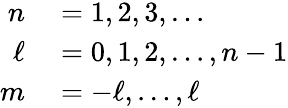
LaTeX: \begin{array}{rl}{n}&{{}=1,2,3,\dots}\\ {\ell}&{{}=0,1,2,\dots,n-1}\\ {m}&{{}=-\ell,\dots,\ell}\end{array}